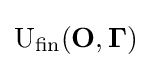
{\text{U}}_{\text{fin}}(\mathbf {O} ,\mathbf {\Gamma } )